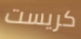
كريست